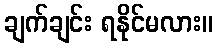
ချက်ချင်း ရနိုင်မလား။